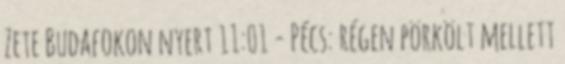
Zete Budafokon nyert 11:01 - Pécs: régen pörkölt mellett